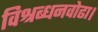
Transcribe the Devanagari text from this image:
विश्रब्धनवोढा।